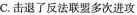
C.击退了反法联盟多次进攻